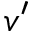
v ^ { \prime }